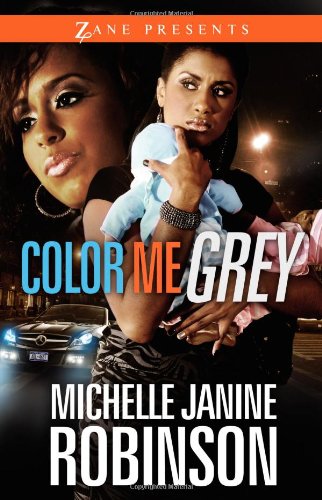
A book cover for Color Me Grey (Zane Presents); Michelle Janine Robinson; Romance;